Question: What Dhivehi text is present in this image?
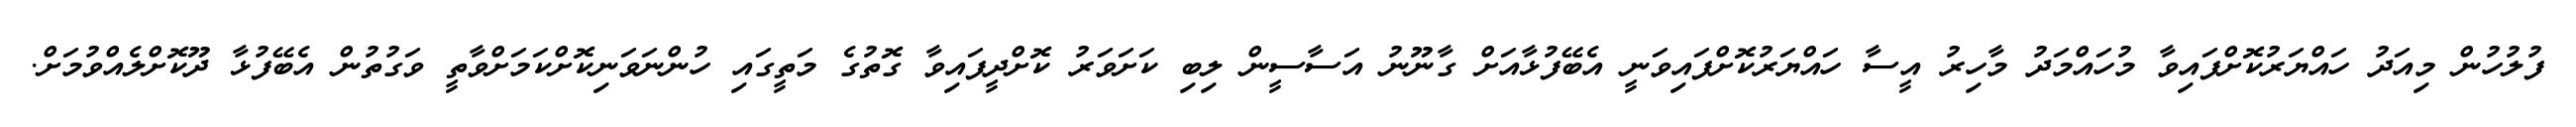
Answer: ފުލުހުން މިއަދު ހައްޔަރުކޮށްފައިވާ މުހައްމަދު މާހިރު އީސާ ހައްޔަރުކޮށްފައިވަނީ އެބޭފުޅާއަށް ގާނޫނު އަސާސީން ލިބި ކަށަވަރު ކޮށްދީފައިވާ ގޮތުގެ މަތީގައި ހުންނަވަނިކޮށްކަމަށްވާތީ ވަގުތުން އެބޭފުޅާ ދޫކޮށްލެއްވުމަށް.